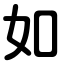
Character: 如